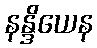
နန္ဒိယေန